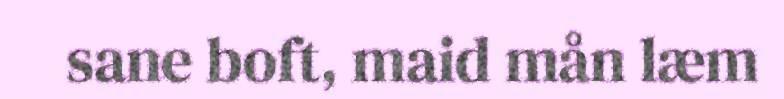
sane boft, maid mån læm